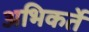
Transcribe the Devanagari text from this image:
अभिकर्ते